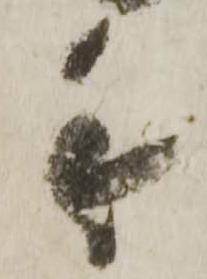
手